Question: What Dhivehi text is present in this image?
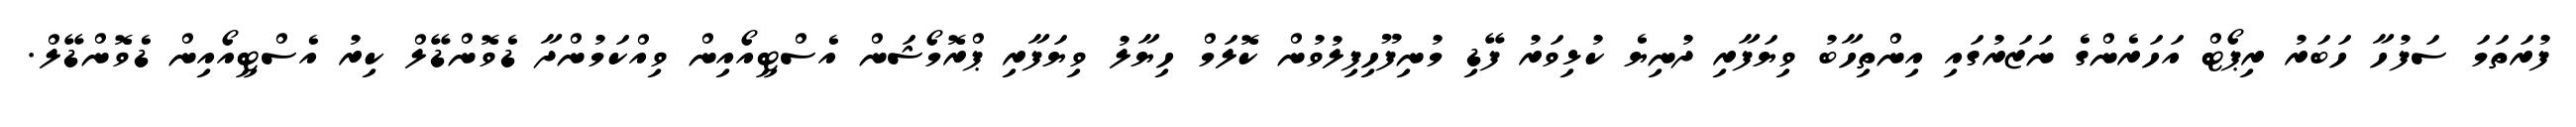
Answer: ފުރަތަމަ ސަފުހާ ހަބަރު ރިޕޯޓް އަހަރެންގެ ނަޒަރުގައި އިންތިހާބު ވިޔަފާރި ދުނިޔެ ކުޅިވަރު ފޭޑި މުނިފޫހިފިލުވުން ކޮލަމް ހިޔާލު ވިޔަފާރި ޕްރޮމޯޝަން އެސްޓީއޯއިން ވިއްކަމުންދާ ޑެވޮންޑޭލް ކިރު އެސްޓީއޯއިން ޑެވޮންޑޭލް.